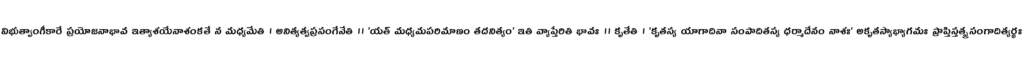
విభుత్వాంగీకారే ప్రయోజనాభావ ఇత్యాశయేనాశంకతే న మధ్యమేతి । అనిత్యత్వప్రసంగేనేతి ॥ 'యత్ మధ్యమపరిమాణం తదనిత్యం' ఇతి వ్యాప్తేరితి భావః ॥ కృతేతి । 'కృతస్య యాగాదినా సంపాదితస్య ధర్మాదేనం నాశః' అకృతస్యాభ్యాగమః ప్రాప్తిస్తత్ప్రసంగాదిత్యర్థః